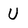
Character: U